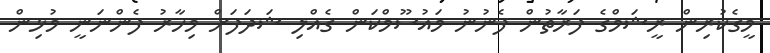
މީގެކުރިން ރީޝަމްގެ ފަރާތުން ފެނުނު މައުސޫމްކަން ގެއްލި ޝަދަފަށް މިހާރު ފެންނަނީ މުޅިން